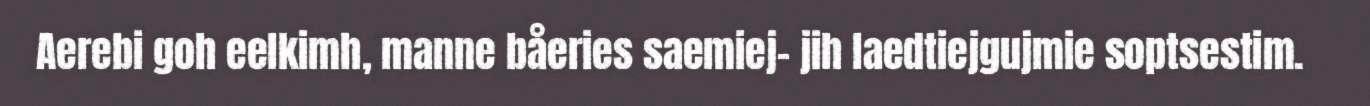
Aerebi goh eelkimh, manne båeries saemiej- jih laedtiejgujmie soptsestim.